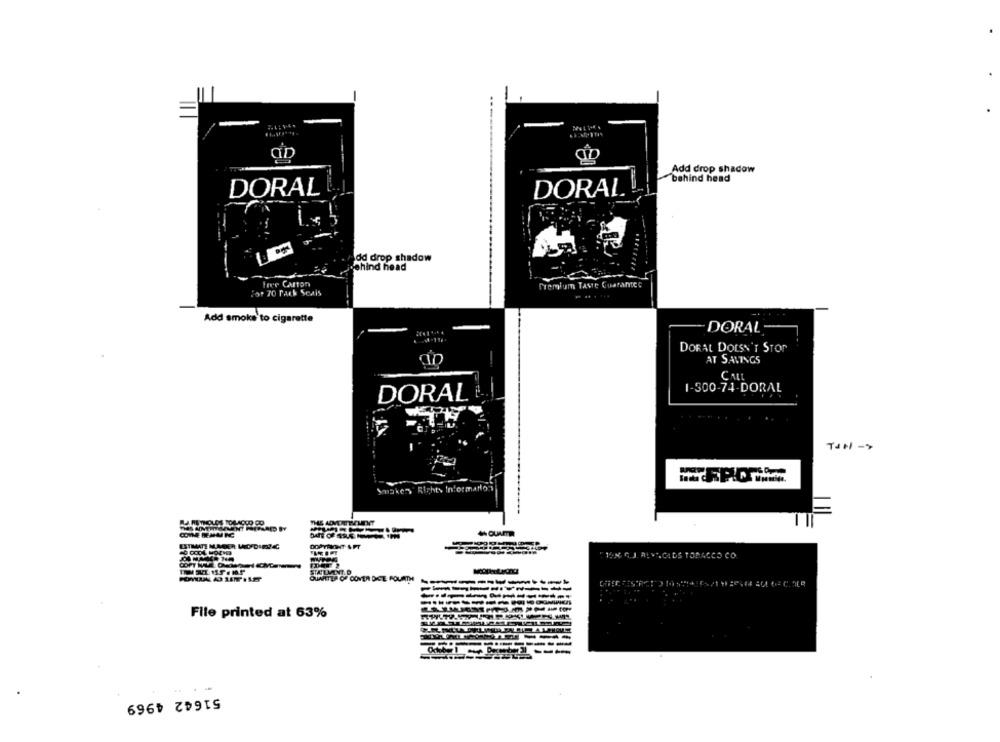
Add drop shadow
behind head
DORAL
DORAL
dd drop shadow
ehind head
free CAITon
Premium Taste Guarantee
For 70 Park Seais
Add smoke to cigarette
DORAL
DORAL DOESN'T STOP
AT SAVINGS
CALL
1-300-74-DORAL
DORAL
Smakes Rights Information
SPARED BY
ESTIMATE NUMBER MADEDIESAC
COPY NALE ONT
QUARTER OF COVER DICTE FOURTH
File printed at 63%
51642 4969